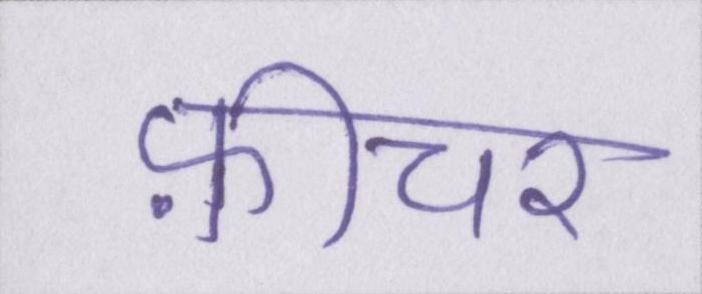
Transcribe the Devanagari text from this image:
फ़ीचर